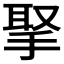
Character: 𢮝